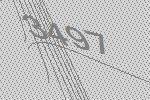
3497